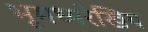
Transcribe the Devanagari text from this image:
भूमध्यरेखिय